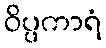
ဝိပ္ပကာရံ